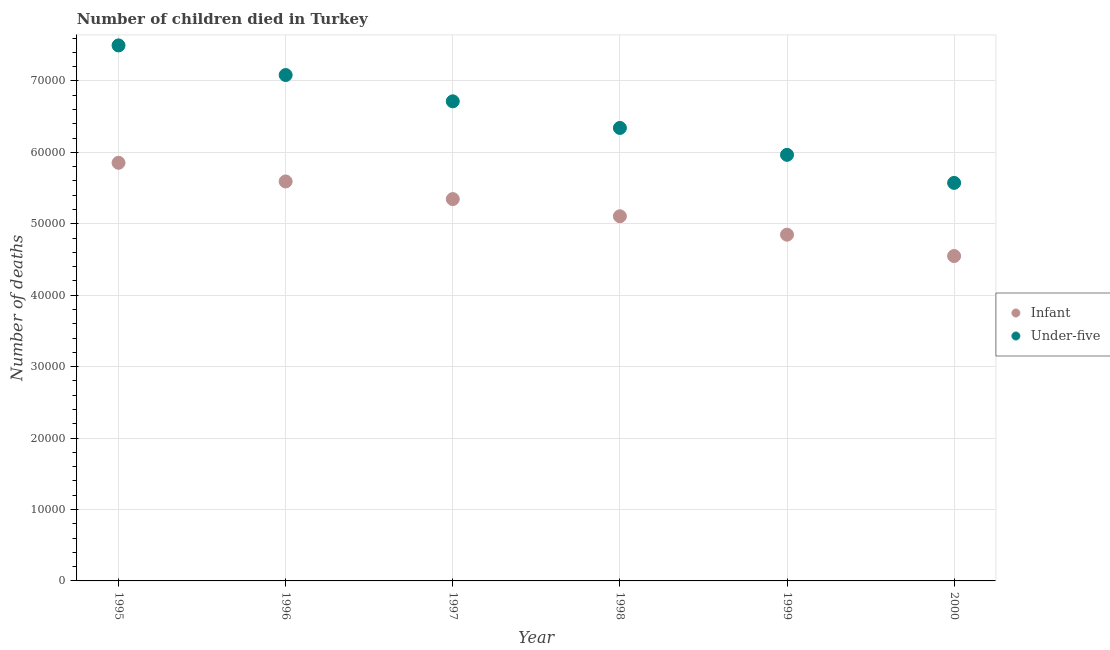
| Year | Infant | Under-five |
 | --- | --- | --- |
 | 1995 | 5.85e+04 | 7.5e+04 |
 | 1996 | 5.59e+04 | 7.08e+04 |
 | 1997 | 5.35e+04 | 6.71e+04 |
 | 1998 | 5.11e+04 | 6.34e+04 |
 | 1999 | 4.85e+04 | 5.97e+04 |
 | 2000 | 4.55e+04 | 5.57e+04 |